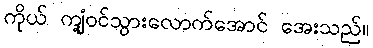
ကိုယ် ကျုံ့ဝင်သွားလောက်အောင် အေးသည်။